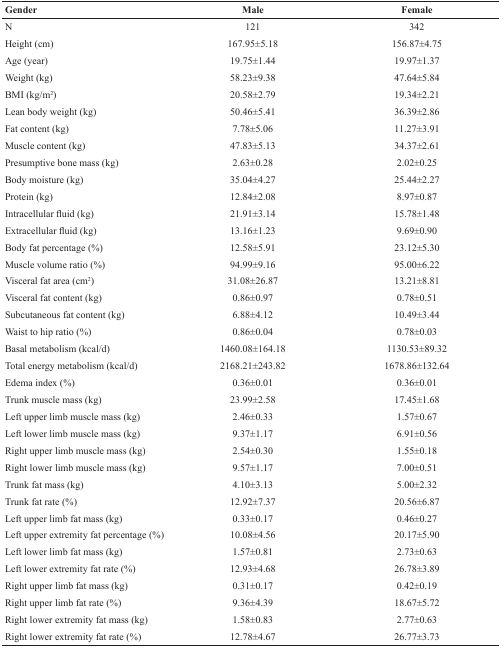
<table><thead><tr><td><b>Gender</b></td><td><b>Male</b></td><td><b>Female</b></td></tr></thead><tbody><tr><td>N</td><td>121</td><td>342</td></tr><tr><td>Height (cm)</td><td>167.95±5.18</td><td>156.87±4.75</td></tr><tr><td>Age (year)</td><td>19.75±1.44</td><td>19.97±1.37</td></tr><tr><td>Weight (kg)</td><td>58.23±9.38</td><td>47.64±5.84</td></tr><tr><td>BMI (kg/m<sup>2</sup>)</td><td>20.58±2.79</td><td>19.34±2.21</td></tr><tr><td>Lean body weight (kg)</td><td>50.46±5.41</td><td>36.39±2.86</td></tr><tr><td>Fat content (kg)</td><td>7.78±5.06</td><td>11.27±3.91</td></tr><tr><td>Muscle content (kg)</td><td>47.83±5.13</td><td>34.37±2.61</td></tr><tr><td>Presumptive bone mass (kg)</td><td>2.63±0.28</td><td>2.02±0.25</td></tr><tr><td>Body moisture (kg)</td><td>35.04±4.27</td><td>25.44±2.27</td></tr><tr><td>Protein (kg)</td><td>12.84±2.08</td><td>8.97±0.87</td></tr><tr><td>Intracellular fluid (kg)</td><td>21.91±3.14</td><td>15.78±1.48</td></tr><tr><td>Extracellular fluid (kg)</td><td>13.16±1.23</td><td>9.69±0.90</td></tr><tr><td>Body fat percentage (%)</td><td>12.58±5.91</td><td>23.12±5.30</td></tr><tr><td>Muscle volume ratio (%)</td><td>94.99±9.16</td><td>95.00±6.22</td></tr><tr><td>Visceral fat area (cm<sup>2</sup>)</td><td>31.08±26.87</td><td>13.21±8.81</td></tr><tr><td>Visceral fat content (kg)</td><td>0.86±0.97</td><td>0.78±0.51</td></tr><tr><td>Subcutaneous fat content (kg)</td><td>6.88±4.12</td><td>10.49±3.44</td></tr><tr><td>Waist to hip ratio (%)</td><td>0.86±0.04</td><td>0.78±0.03</td></tr><tr><td>Basal metabolism (kcal/d)</td><td>1460.08±164.18</td><td>1130.53±89.32</td></tr><tr><td>Total energy metabolism (kcal/d)</td><td>2168.21±243.82</td><td>1678.86±132.64</td></tr><tr><td>Edema index (%)</td><td>0.36±0.01</td><td>0.36±0.01</td></tr><tr><td>Trunk muscle mass (kg)</td><td>23.99±2.58</td><td>17.45±1.68</td></tr><tr><td>Left upper limb muscle mass (kg)</td><td>2.46±0.33</td><td>1.57±0.67</td></tr><tr><td>Left lower limb muscle mass (kg)</td><td>9.37±1.17</td><td>6.91±0.56</td></tr><tr><td>Right upper limb muscle mass (kg)</td><td>2.54±0.30</td><td>1.55±0.18</td></tr><tr><td>Right lower limb muscle mass (kg)</td><td>9.57±1.17</td><td>7.00±0.51</td></tr><tr><td>Trunk fat mass (kg)</td><td>4.10±3.13</td><td>5.00±2.32</td></tr><tr><td>Trunk fat rate (%)</td><td>12.92±7.37</td><td>20.56±6.87</td></tr><tr><td>Left upper limb fat mass (kg)</td><td>0.33±0.17</td><td>0.46±0.27</td></tr><tr><td>Left upper extremity fat percentage (%)</td><td>10.08±4.56</td><td>20.17±5.90</td></tr><tr><td>Left lower limb fat mass (kg)</td><td>1.57±0.81</td><td>2.73±0.63</td></tr><tr><td>Left lower extremity fat rate (%)</td><td>12.93±4.68</td><td>26.78±3.89</td></tr><tr><td>Right upper limb fat mass (kg)</td><td>0.31±0.17</td><td>0.42±0.19</td></tr><tr><td>Right upper limb fat rate (%)</td><td>9.36±4.39</td><td>18.67±5.72</td></tr><tr><td>Right lower extremity fat mass (kg)</td><td>1.58±0.83</td><td>2.77±0.63</td></tr><tr><td>Right lower extremity fat rate (%)</td><td>12.78±4.67</td><td>26.77±3.73</td></tr></tbody></table>